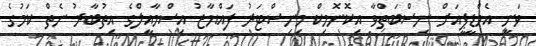
ވަނީ އެމްޑީޕީއަށް ނިސްބަތްވާ އިކޮނޮމިކް މިނިސްޓަރު ފައްޔާޒު އިސްމާއީލްގެ އިތުބާރު ނެތް ކަމުގެ